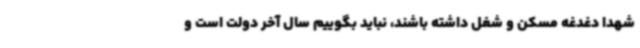
شهدا دغدغه مسکن و شغل داشته باشند، نباید بگوییم سال آخر دولت است و